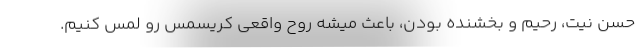
حسن نیت، رحیم و بخشنده بودن، باعث میشه روح واقعی کریسمس رو لمس کنیم.